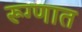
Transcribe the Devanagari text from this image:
रूग्णात